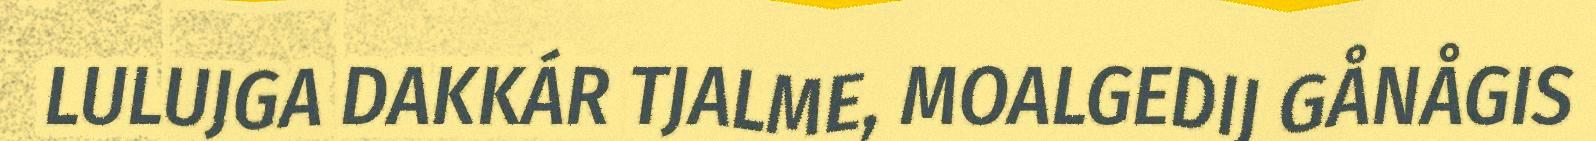
LULUJGA DAKKÁR TJALME, MOALGEDIJ GÅNÅGIS